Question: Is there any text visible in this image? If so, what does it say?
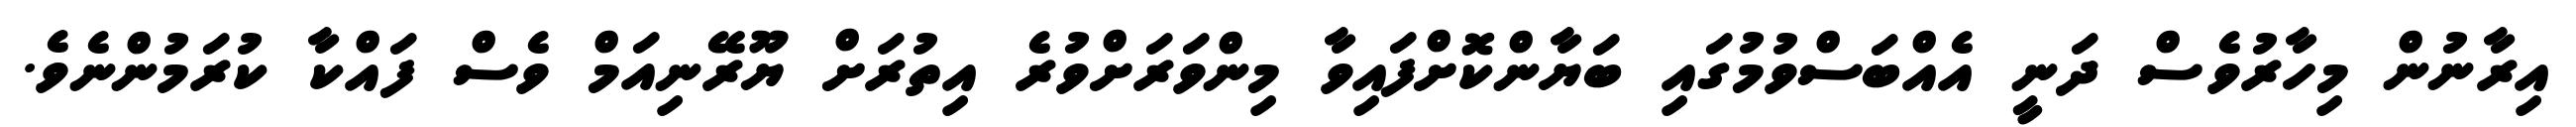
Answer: އިރާނުން މިހާރުވެސް ދަނީ އެއްބަސްވުމުގައި ބަޔާންކޮށްފައިވާ މިންވަރަށްވުރެ އިތުރަށް ޔޫރޭނިއަމް ވެސް ފައްކާ ކުރަމުންނެވެ.